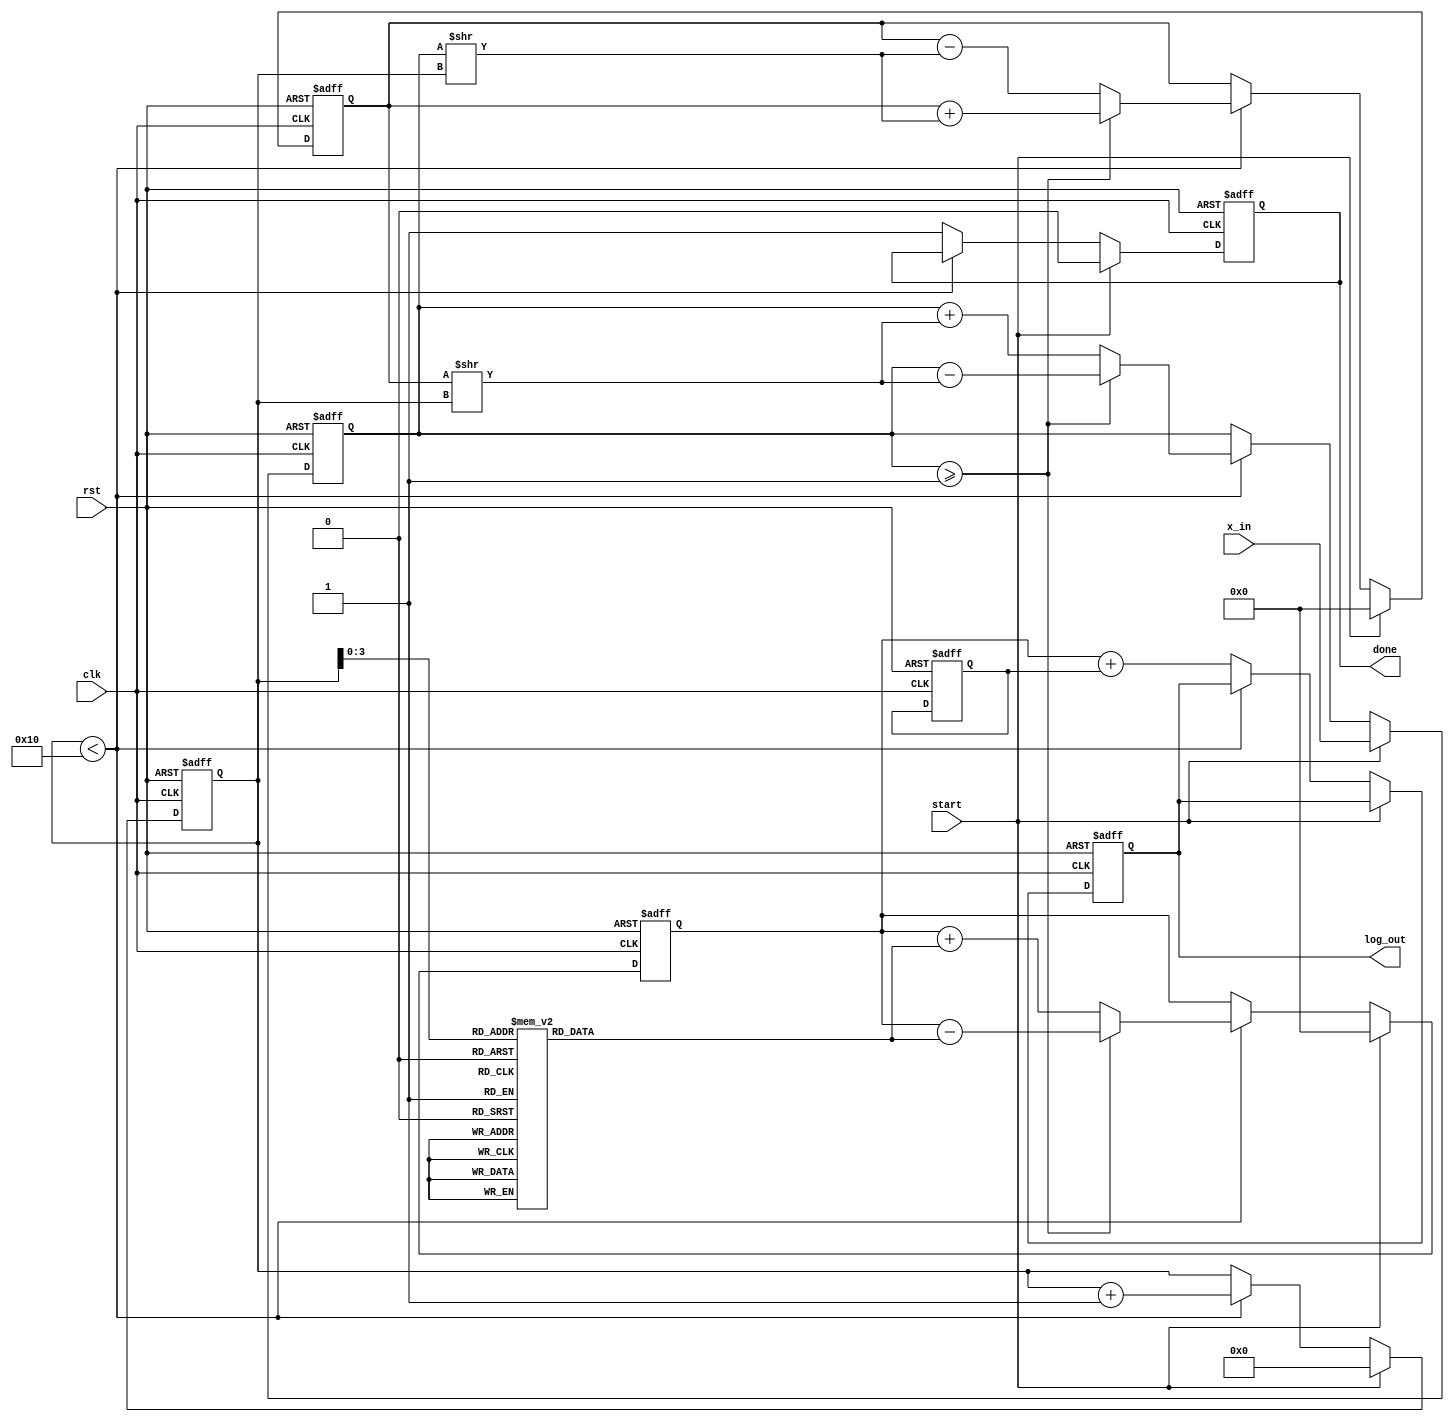
module cordic_logarithm (
    input wire clk,
    input wire rst,
    input wire start,
    input wire [31:0] x_in, // Input: Positive floating-point number
    output reg [31:0] log_out, // Output: Computed logarithm
    output reg done // Status signal indicating completion
);

    // Parameters
    parameter NUM_ITERATIONS = 16; // Number of CORDIC iterations
    parameter CORDIC_GAIN = 32'hB17217F7; // Pre-computed scaling factor (1/K)
    
    // Internal signals
    reg [31:0] x; // Current x value
    reg [31:0] y; // Current y value
    reg [31:0] z; // Current angle
    reg [4:0] iteration; // Iteration counter
    reg [31:0] atan_table [0:NUM_ITERATIONS-1]; // Lookup table for arctangent values
    reg [31:0] scaling_factor; // Scaling factor for output

    // Initialize arctangent values (in fixed-point format)
    initial begin
        atan_table[0] = 32'h00000000; // atan(0)
        atan_table[1] = 32'h3F19999A; // atan(1/2)
        atan_table[2] = 32'h3E4CCCCD; // atan(1/4)
        atan_table[3] = 32'h3D999999; // atan(1/8)
        // ... (fill in remaining values)
        atan_table[15] = 32'h3C91A626; // atan(1/32768)
    end

    // State machine for CORDIC computation
    always @(posedge clk or posedge rst) begin
        if (rst) begin
            x <= 0;
            y <= 0;
            z <= 0;
            iteration <= 0;
            log_out <= 0;
            done <= 0;
            scaling_factor <= CORDIC_GAIN;
        end else if (start) begin
            // Initialize inputs
            x <= x_in; // Input value
            y <= 0; // Start with y = 0
            z <= 0; // Start angle
            iteration <= 0;
            done <= 0;
        end else if (iteration < NUM_ITERATIONS) begin
            // CORDIC iteration logic
            if (x >= 32'h00000001) begin // If x > 1
                x <= x - (y >> iteration);
                y <= y + (x >> iteration);
                z <= z - atan_table[iteration];
            end else begin // If x < 1
                x <= x + (y >> iteration);
                y <= y - (x >> iteration);
                z <= z + atan_table[iteration];
            end
            iteration <= iteration + 1;
        end else begin
            // Final output calculation
            log_out <= z + scaling_factor; // Adjust output with scaling factor
            done <= 1; // Indicate completion
        end
    end

endmodule